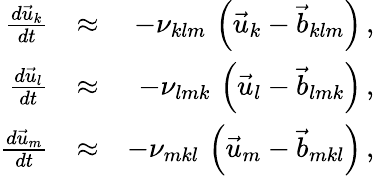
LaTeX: \begin{array}{rlr}{\frac{d\vec{u}_{k}}{dt}}&{\approx}&{-\nu_{klm}\, \left(\vec{u}_{k}-\vec{b}_{klm}\right)\, ,}\\ {\frac{d\vec{u}_{l}}{dt}}&{\approx}&{-\nu_{lmk}\, \left(\vec{u}_{l}-\vec{b}_{lmk}\right)\, ,}\\ {\frac{d\vec{u}_{m}}{dt}}&{\approx}&{-\nu_{mkl}\, \left(\vec{u}_{m}-\vec{b}_{mkl}\right)\, ,}\end{array}